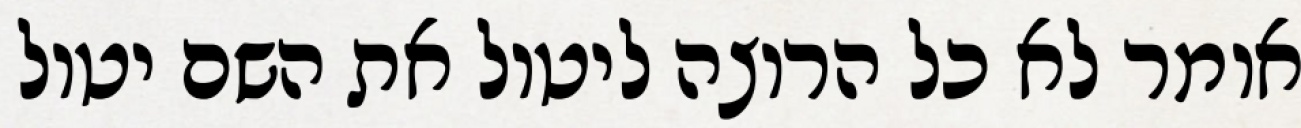
אומר לא כל הרוצה ליטול את השם יטול